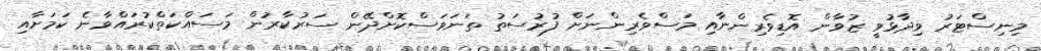
މިނިސްޓަރު ވިދާޅުވީ ޒުވާން އޮޑިވެރިންނާއި މަސްވެރިންނަށް ފުރުސަތު ތަނަވަސްކޮށްދޭން ސަރުކާރުން މަސައްކަތްކުރައްވާނެ ކަމަށާއި